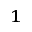
_ 1